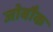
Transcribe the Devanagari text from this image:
जोबौक